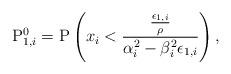
LaTeX: \begin{align*} \mathrm{P}_{1,i}^0 &= \mathrm{P}\left( x_i<\frac{\frac{\epsilon_{1,i}}{\rho}}{\alpha_i^2-\beta_i^2\epsilon_{1,i}}\right), \end{align*}